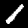
Label: 1